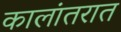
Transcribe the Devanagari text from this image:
कालांतरात